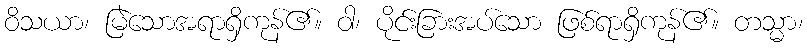
ဝိသယာ၊ မြဲသောအရာရှိကုန်၏။ ဝါ၊ ပိုင်းခြားအပ်သော ဖြစ်ရာရှိကုန်၏။ တသ္မာ၊